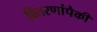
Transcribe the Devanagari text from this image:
वितरणांपैकी